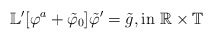
\begin{align*}\mathbb L^\prime[\varphi^a+\tilde\varphi_0]\tilde{\varphi}^\prime=\tilde g, \mbox{in} \,\,\mathbb R\times \mathbb{T}\end{align*}